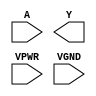
module sky130_fd_sc_hs__clkdlyinv5sd2 (
    //# {{data|Data Signals}}
    input  A   ,
    output Y   ,

    //# {{power|Power}}
    input  VPWR,
    input  VGND
);
endmodule